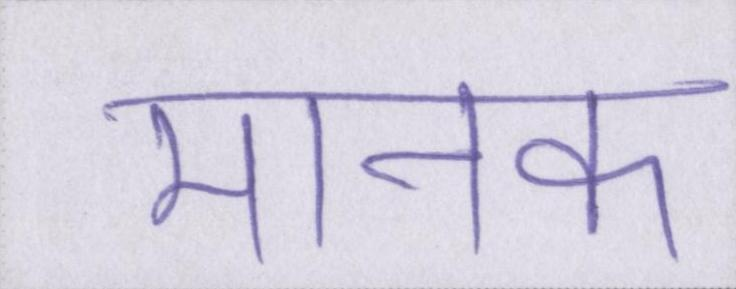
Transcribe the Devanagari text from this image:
मानक